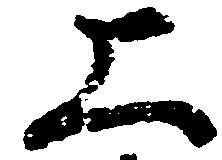
上